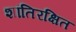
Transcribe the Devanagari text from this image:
शांतिरक्षित